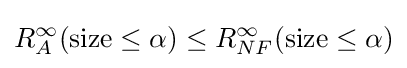
R_{A}^{\infty }({\text{size}}\leq \alpha )\leq R_{NF}^{\infty }({\text{size}}\leq \alpha )